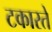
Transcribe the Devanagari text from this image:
टकारते